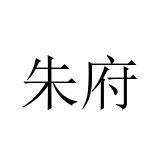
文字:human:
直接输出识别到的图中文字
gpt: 朱府